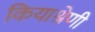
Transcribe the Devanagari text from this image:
कियाश्रेणी